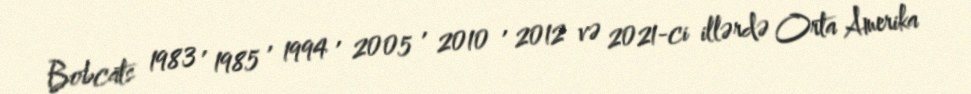
Bobcats 1983 , 1985 , 1994 , 2005 , 2010 , 2012 və 2021-ci illərdə Orta Amerika